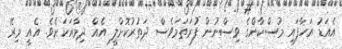
އެއަޑު އަހާފައި މުސްކާންގެ ވިސްނުން ފުރަތަމަވެސް ދަތުރުކޮށްލީ އެއް ދިމާއަކަށެވެ. އެއީ މިރޭ